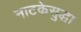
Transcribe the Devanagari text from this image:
नाटकेसुद्धा